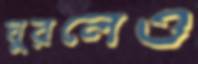
ঘুরলেও